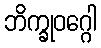
ဘိက္ခုဝဂ္ဂေါ